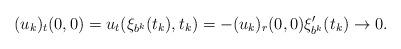
LaTeX: \begin{align*}(u_k)_t(0,0)=u_t(\xi_{b^k}(t_k), t_k)=-(u_k)_r(0,0)\xi'_{b^k}(t_k)\to 0.\end{align*}